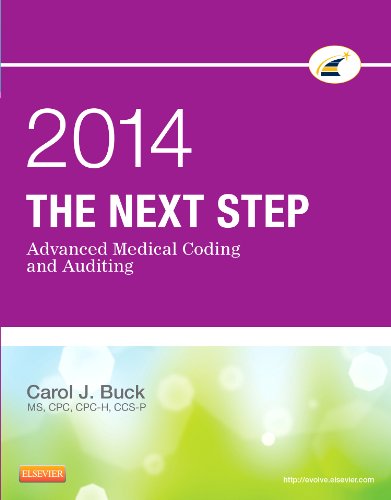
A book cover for The Next Step: Advanced Medical Coding and Auditing, 2014 Edition, 1e; Carol J. Buck MS  CPC  CCS-P; Medical Books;